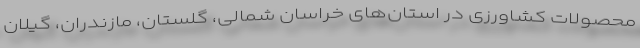
محصولات کشاورزی در استان‌های خراسان شمالی، گلستان، مازندران، گیلان